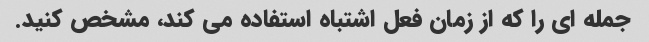
جمله ای را که از زمان فعل اشتباه استفاده می کند، مشخص کنید.